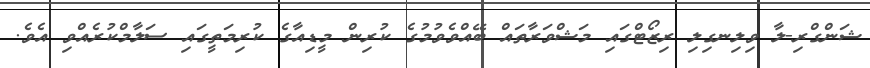
ޝަންގްރި-ލާ ވިލިނގިލި ރިޒޯޓްގައި މަޝްވަރާތައް ބޭއްވެވުމުގެ ކުރިން މީޑިއާގެ ކުރިމަތީގައި ސަލާމްކުރެއްވި އެވެ.